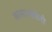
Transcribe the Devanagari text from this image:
लासाओफैरी